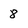
Character: 8